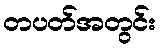
တပတ်အတွင်း